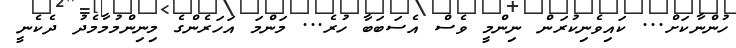
ހުންނާކަށް... ކައިވެނިކުރަން ނިންމީ ވެސް އެސަބަބާ ހުރެ... މަންމަ އަހަރެންގެ މިނިންމުމާމެދު ދެކެނީ